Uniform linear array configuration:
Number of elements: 48
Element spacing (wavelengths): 0.25
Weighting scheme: cosine
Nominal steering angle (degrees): -30
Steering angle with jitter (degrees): -31.336
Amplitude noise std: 0.05
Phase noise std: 0.05

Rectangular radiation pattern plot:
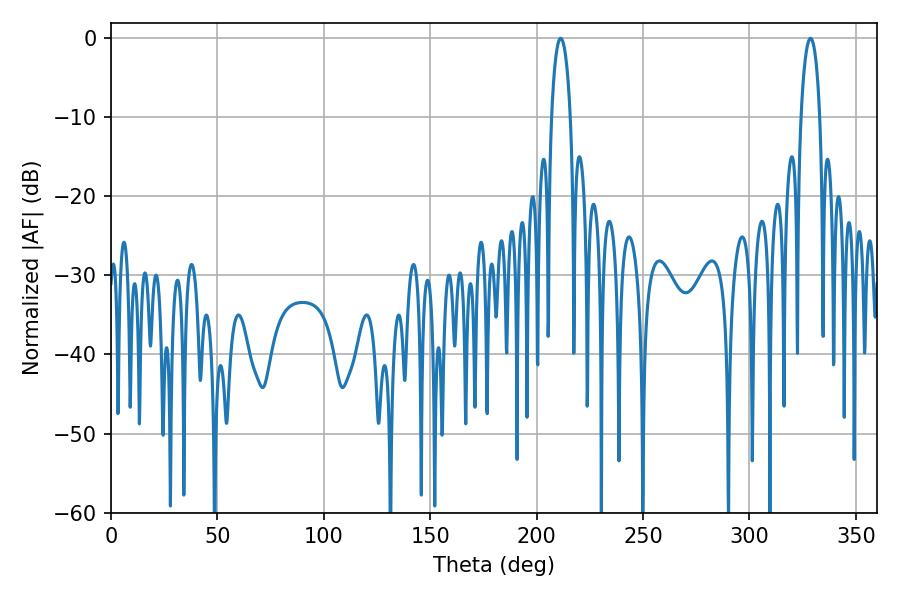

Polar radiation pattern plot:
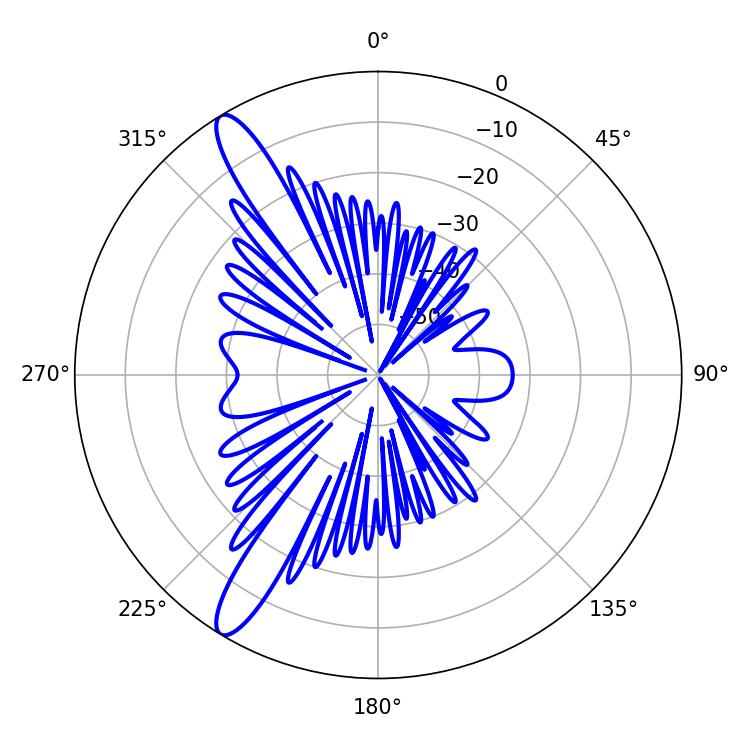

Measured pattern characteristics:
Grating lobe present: FALSE
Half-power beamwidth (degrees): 5.04
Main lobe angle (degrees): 211.32